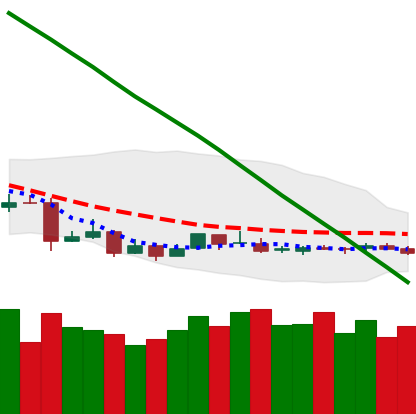
Ticker: ETC-USD
Chart end date: 2019-01-27
Forward return: -7.108%
Label: down_7plus